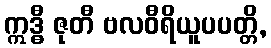
ဣဒ္ဓီ ဇုတီ ဗလဝီရိယူပပတ္တိ,